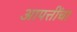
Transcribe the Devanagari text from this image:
आपत्तींचा